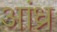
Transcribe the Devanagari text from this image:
अांध्र